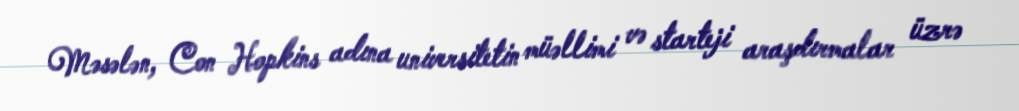
Məsələn, Con Hopkins adına universitetin müəllimi və starteji araşdırmalar üzrə